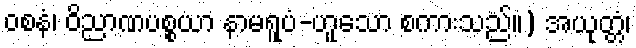
ဝစနံ၊ ဝိညာဏပစ္စယာ နာမရူပံ-ဟူသော စကားသည်။) အယုတ္တံ၊